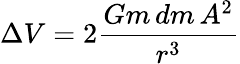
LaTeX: \Delta V=2{\frac{Gm\, dm\, A^{2}}{r^{3}}}